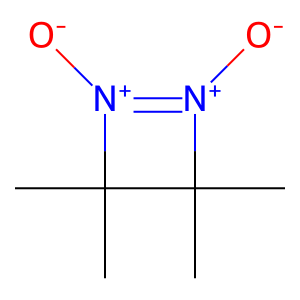
SMILES: CC1(C)[N+]([O-])=[N+]([O-])C1(C)C
Inhibits HIV replication: No